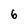
Character: 6